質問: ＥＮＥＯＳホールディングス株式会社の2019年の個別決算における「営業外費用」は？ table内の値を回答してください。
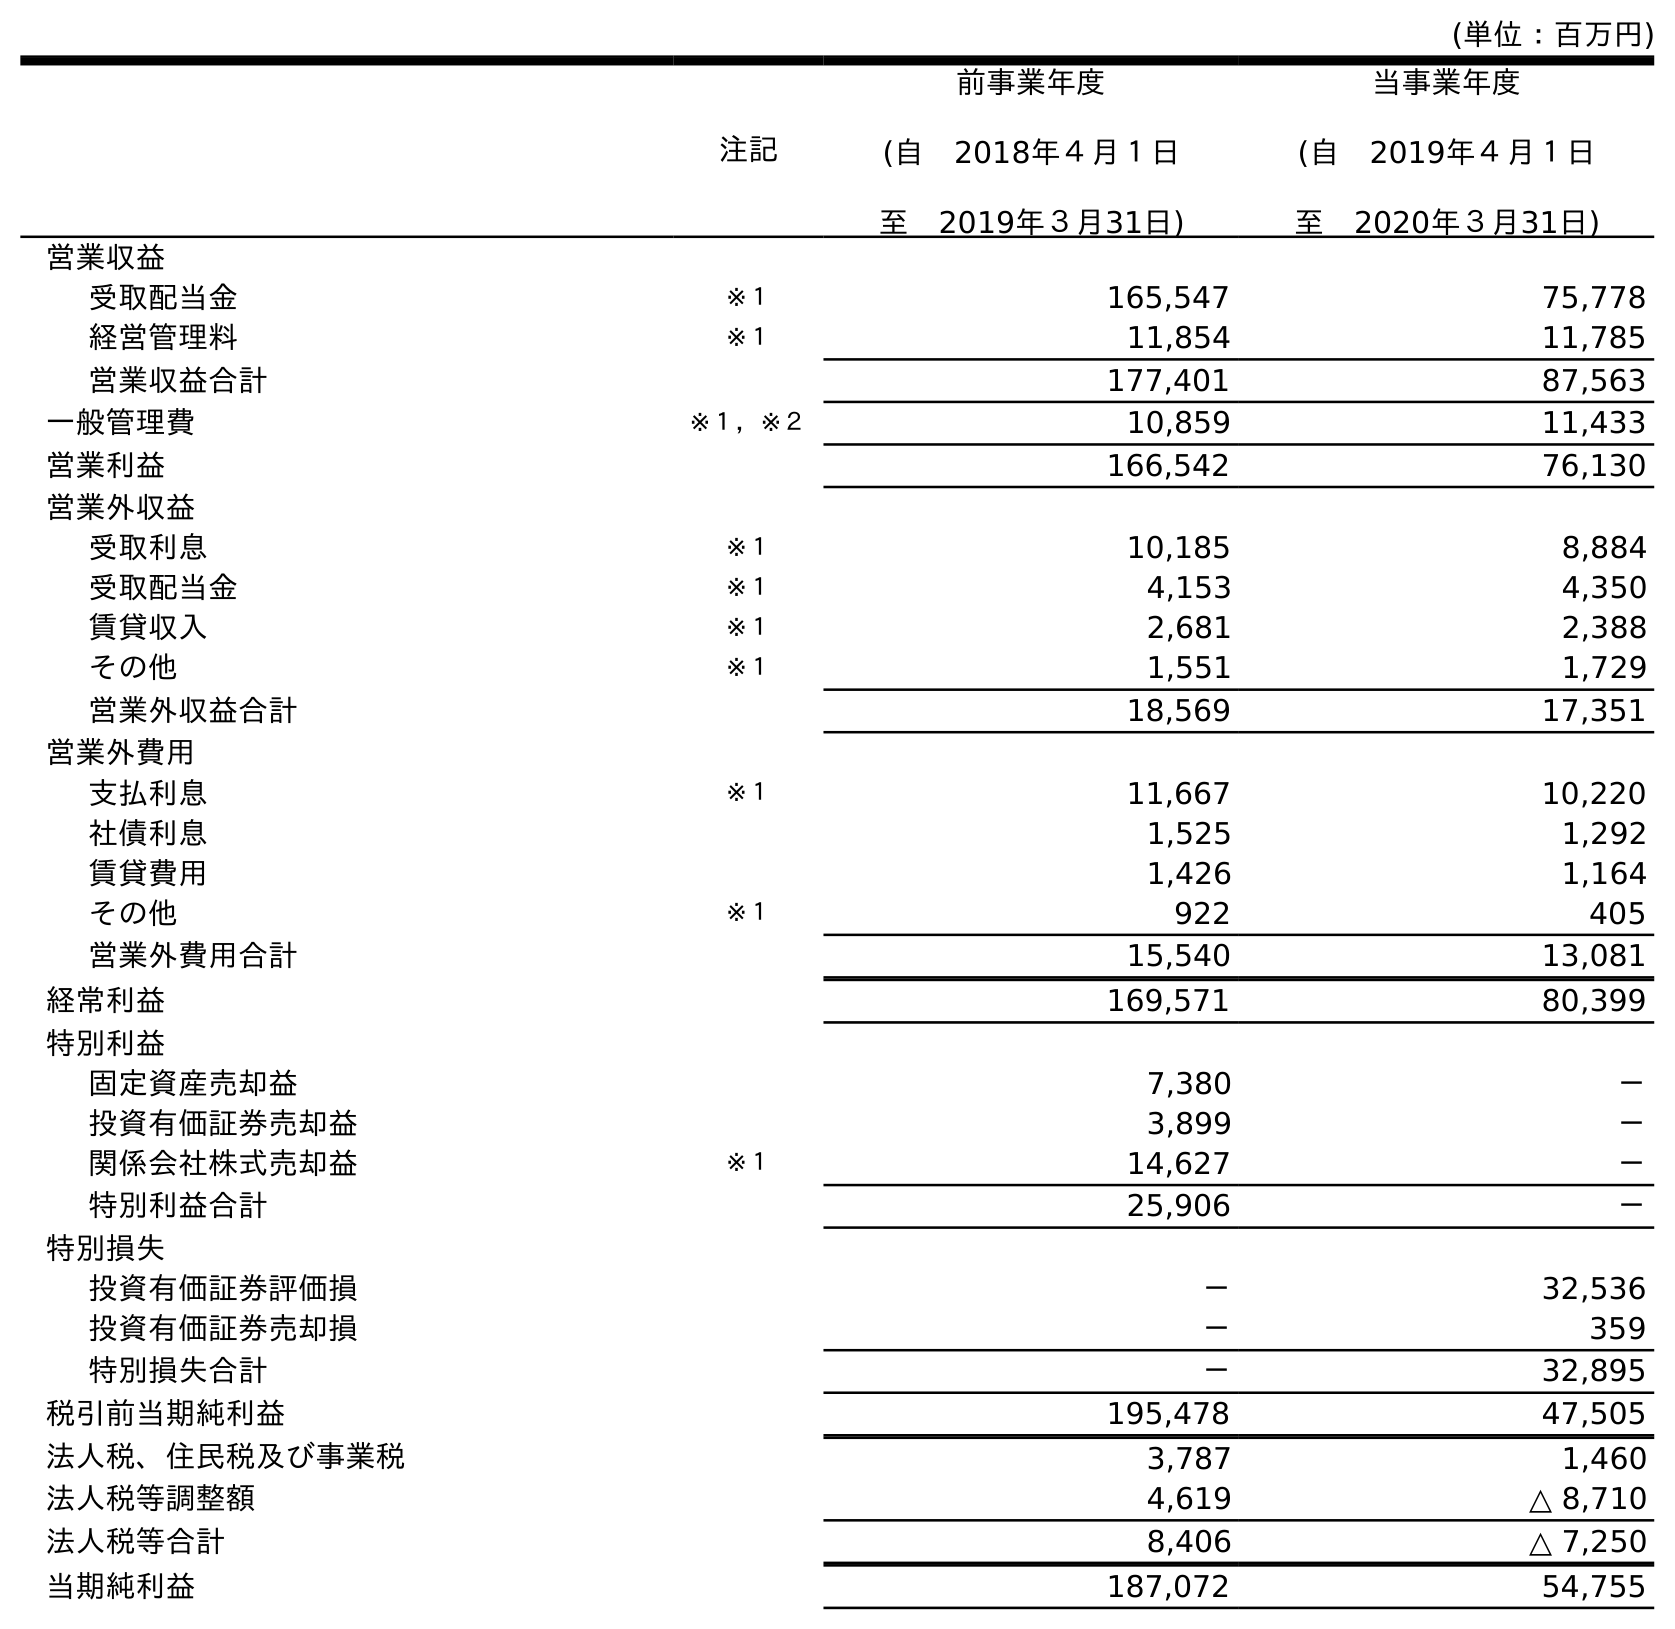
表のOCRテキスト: (単位：百万円) 注記 前事業年度 (自 2018年４月１日 至 2019年３月31日) 当事業年度 (自 2019年４月１日 至 2020年３月31日) 営業収益 受取配当金 ※１ 165,547 75,778 経営管理料 ※１ 11,854 11,785 営業収益合計 177,401 87,563 一般管理費 ※１，※２ 10,859 11,433 営業利益 166,542 76,130 営業外収益 受取利息 ※１ 10,185 8,884 受取配当金 ※１ 4,153 4,350 賃貸収入 ※１ 2,681 2,388 その他 ※１ 1,551 1,729 営業外収益合計 18,569 17,351 営業外費用 支払利息 ※１ 11,667 10,220 社債利息 1,525 1,292 賃貸費用 1,426 1,164 その他 ※１ 922 405 営業外費用合計 15,540 13,081 経常利益 169,571 80,399 特別利益 固定資産売却益 7,380 － 投資有価証券売却益 3,899 － 関係会社株式売却益 ※１ 14,627 － 特別利益合計 25,906 － 特別損失 投資有価証券評価損 － 32,536 投資有価証券売却損 － 359 特別損失合計 － 32,895 税引前当期純利益 195,478 47,505 法人税、住民税及び事業税 3,787 1,460 法人税等調整額 4,619 △ 8,710 法人税等合計 8,406 △ 7,250 当期純利益 187,072 54,755
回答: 15,540